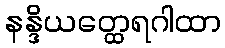
နန္ဒိယတ္ထေရဂါထာ